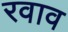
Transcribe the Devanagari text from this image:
रवाव